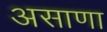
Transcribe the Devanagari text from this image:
असाणा